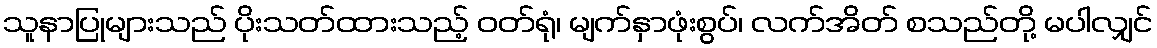
သူနာပြုများသည် ပိုးသတ်ထားသည့် ဝတ်ရုံ၊ မျက်နှာဖုံးစွပ်၊ လက်အိတ် စသည်တို့ မပါလျှင်